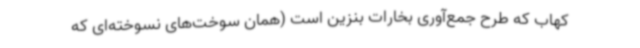
کهاب که طرح جمع‌آوری بخارات بنزین است (همان سوخت‌های نسوخته‌ای که